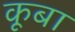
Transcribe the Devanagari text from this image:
कूबा